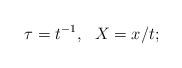
LaTeX: \begin{align*} \tau=t^{-1},\ \ X=x/t;\end{align*}